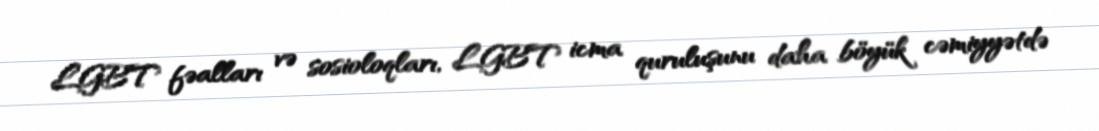
LGBT fəalları və sosioloqları, LGBT icma quruluşunu daha böyük cəmiyyətdə